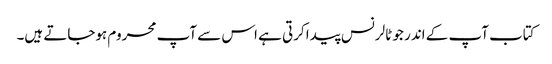
کتاب آپ کے اندر جو ٹالرنس پیدا کرتی ہے اس سے آپ محروم ہوجاتے ہیں۔